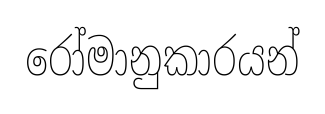
රෝමානුකාරයන්